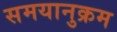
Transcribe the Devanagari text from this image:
समयानुक्रम